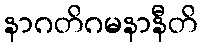
နာဂတိဂမနာနီတိ